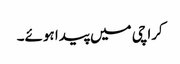
کراچی میں پیدا ہوئے۔